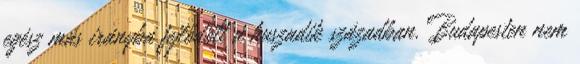
egész más irányba fejlődött a huszadik században. Budapesten nem